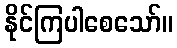
နိုင်ကြပါစေသော်။